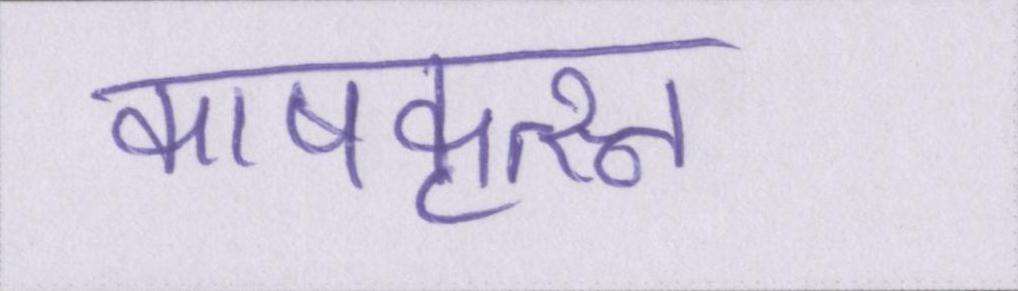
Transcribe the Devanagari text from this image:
काषकृत्स्न